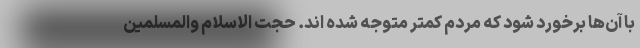
با آن‌ها برخورد شود که مردم کمتر متوجه شده اند. حجت الاسلام والمسلمین